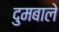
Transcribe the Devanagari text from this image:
दुमबाले